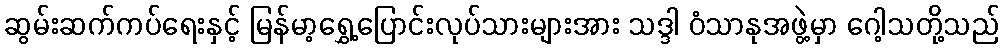
ဆွမ်းဆက်ကပ်ရေးနှင့် မြန်မာ့ရွှေ့ပြောင်းလုပ်သားများအား သဒ္ဒါ ဝံသာနုအဖွဲ့မှာ ဂေါ့သတို့သည်